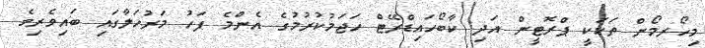
މިހޯރމޯން ތަކަކީ ޕްރޮޓީން އަދި ކާބޯހައިޑްރޭޓް ހަޖަމުކުރުމުގެ އެންމެ ފަހު މަރުހަލާގައި ބައިވެރިވެ